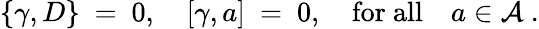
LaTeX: \{ \gamma,D\} \ =\ 0,\quad[\gamma,a]\ =\ 0,\quad\mathrm{for\ all}\quad a\in{\mathcal A}\ .